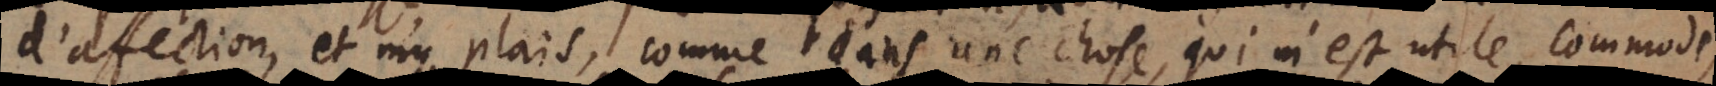
d’affection, et m’y plais, comme dans une chose, qui m’est utile, commode,